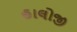
હાલોજી